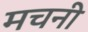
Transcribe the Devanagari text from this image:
मचनी